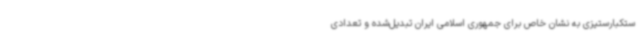
ستکبارستیزی به نشان خاص برای جمهوری اسلامی ایران تبدیل‌شده و تعدادی